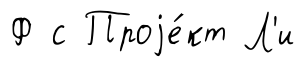
Ф с Проjе́кт Л'и